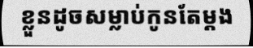
ខ្លួនដូចសម្លាប់កូនតែម្តង